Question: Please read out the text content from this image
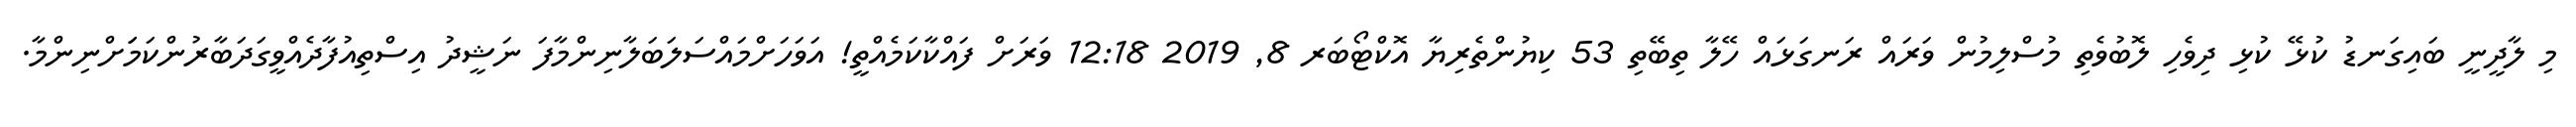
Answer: މި ލާދީނީ ބައިގަނޑު ކުޅޭ ކުޅި ދިވެހި ލޮބުވެތި މުސްލިމުން ވަރައް ރަނގަޅައް ހޭލާ ތިބޭތި 53 ކިޔުންތެރިޔާ އޮކްޓޯބަރ 8, 2019 12:18 ވަރަށް ފައްކާކަމެއްތީ! އަވަހަށްމައްސަލަބަލާނިންމާފަ ނަޝީދު އިސްތިއުފާދެއްވީގަދަބާރުންކަމަަށްނިންމާ.